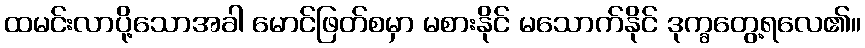
ထမင်းလာပို့သောအခါ မောင်ဖြတ်စမှာ မစားနိုင် မသောက်နိုင် ဒုက္ခတွေ့ရလေ၏။